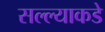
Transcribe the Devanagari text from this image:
सल्ल्याकडे